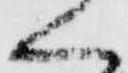
く